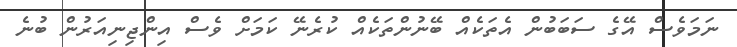
ނަމަވެސް އޭގެ ސަބަބުން އެތަކެއް ބޭނުންތަކެއް ކުރެނޭ ކަމަށް ވެސް އިންޖިނިއަރުން ބުނެ